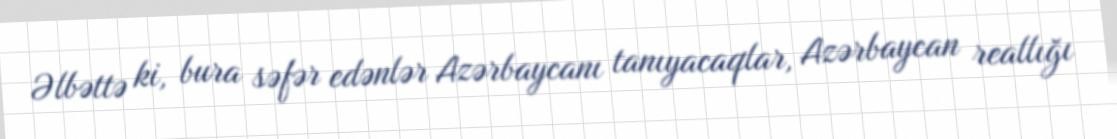
Əlbəttə ki, bura səfər edənlər Azərbaycanı tanıyacaqlar, Azərbaycan reallığı